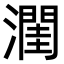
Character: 𪷭